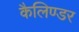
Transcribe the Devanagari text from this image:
कैलिण्डर